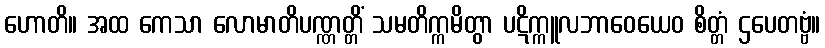
ဟောတိ။ အထ ကေသာ လောမာတိပဏ္ဏတ္တိံ သမတိက္ကမိတွာ ပဋိက္ကူလဘာဝေယေဝ စိတ္တံ ဌပေတဗ္ဗံ။